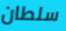
سلطان